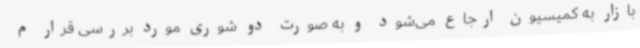
بازار به کمیسیون ارجاع می‌شود و به صورت دو شوری مورد بررسی قرار م